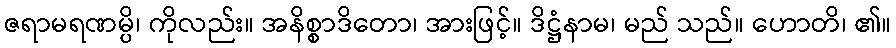
ဇရာမရဏမ္ပိ၊ ကိုလည်း။ အနိစ္စာဒိတော၊ အားဖြင့်။ ဒိဋ္ဌံနာမ၊ မည် သည်။ ဟောတိ၊ ၏။